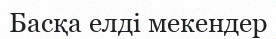
Басқа елді мекендер